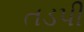
તડપી